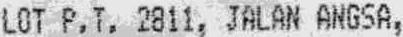
LOP P.T. 2811, JALAN ANGSA,